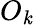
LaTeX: O_{\mathit{k}}